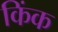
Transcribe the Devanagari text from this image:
किंक